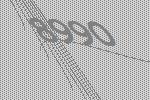
8990